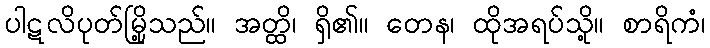
ပါဋလိပုတ်မြို့သည်။ အတ္ထိ၊ ရှိ၏။ တေန၊ ထိုအရပ်သို့။ စာရိကံ၊